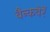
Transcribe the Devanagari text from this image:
बैन्कवेरें